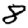
Digit: 8